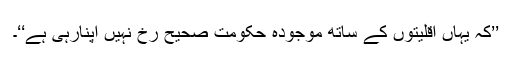
’’کہ یہاں اقلیتوں کے ساتھ موجودہ حکومت صحیح رخ نہیں اپنارہی ہے‘‘۔